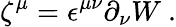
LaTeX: \zeta^{\mu}=\epsilon^{\mu\nu}\partial_{\nu}{W}~.